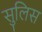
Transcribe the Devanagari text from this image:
सुलिस